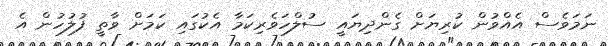
ނަމަވެސް އެއްވުން ކުރިޔަށް ގެންދިޔައީ ސުލްހަވެރިކަމާ އެކުގައި ކަމަށް ވާތީ ފުލުހުން އެ